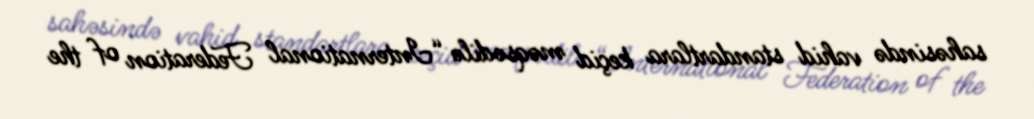
sahəsində vahid standartlara keçid məqsədilə “International Federation of the